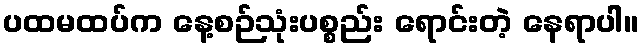
ပထမထပ်က နေ့စဉ်သုံးပစ္စည်း ရောင်းတဲ့ နေရာပါ။